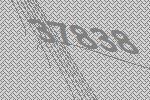
37838